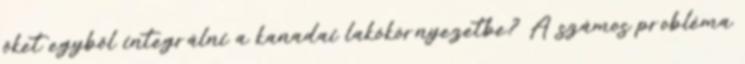
őket egyből integrálni a kanadai lakókörnyezetbe? A számos probléma